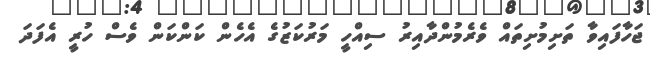
ޖަހާފައިވާ ތަށިމުށިތައް ވެރެމުންދާއިރު ސިއްހީ މަރުކަޒުގެ އެހެން ކަންކަން ވެސް ހުރީ އެފަދަ